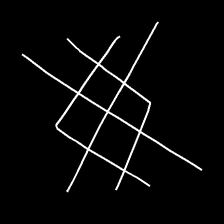
Glyph: crystal